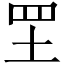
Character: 𦉷